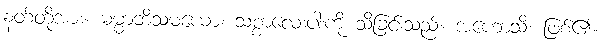
နတ်တို့အား။ ဓမ္မာဘိသမယော၊ သစ္စာလေးပါးကို သိခြင်းသည်။ အဟောသိ၊ ဖြစ်၏။